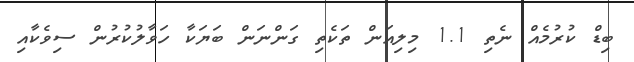
ބިޑް ކުރުމެއް ނެތި 1.1 މިލިއަން ތަކެތި ގަންނަން ބަޔަކާ ހަވާލުކުރުން ސިވެކާއި